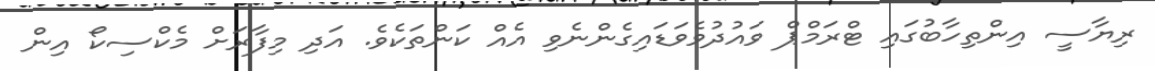
ރިޔާސީ އިންތިހާބުގައި ޓްރަމްޕް ވައުދުވެވަޑައިގެންނެވި އެއް ކަންތަކެވެ. އަދި މިފާރަށް މެކްސިކޯ އިން